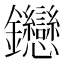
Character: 𬬦